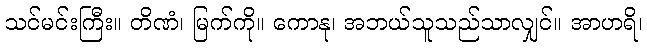
သင်မင်းကြီး။ တိဏံ၊ မြက်ကို။ ကောနု၊ အဘယ်သူသည်သာလျှင်။ အာဟရိ၊